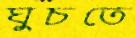
ঘুচতে